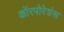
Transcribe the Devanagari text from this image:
कॉरपोरेशंस